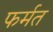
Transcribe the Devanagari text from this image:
फर्मत